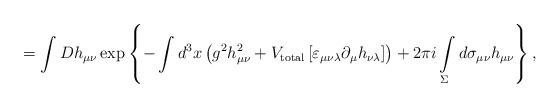
LaTeX: \begin{align*}=\int Dh_{\mu\nu}\exp\left\{-\int d^3x\left(g^2h_{\mu\nu}^2+V_{\rm total}\left[\varepsilon_{\mu\nu\lambda}\partial_\mu h_{\nu\lambda}\right]\right)+2\pi i\int\limits_{\Sigma}^{}d\sigma_{\mu\nu}h_{\mu\nu}\right\},\end{align*}